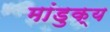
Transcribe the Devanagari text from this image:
मांडुक्य